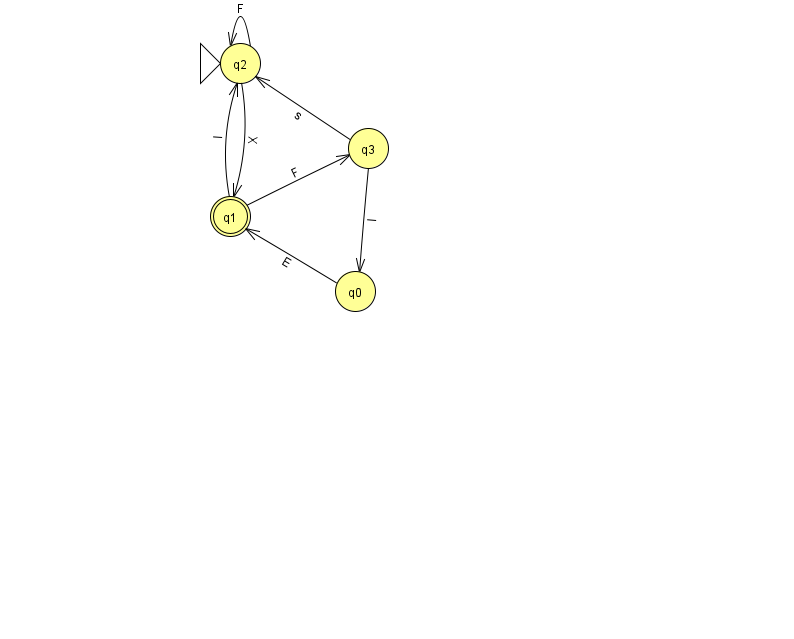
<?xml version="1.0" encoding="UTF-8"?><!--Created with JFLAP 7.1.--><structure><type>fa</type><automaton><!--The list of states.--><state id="0" name="q0"><x>355.0</x><y>278.0</y></state><state id="1" name="q1"><x>230.0</x><y>203.0</y><final/></state><state id="2" name="q2"><x>240.0</x><y>50.0</y><initial/></state><state id="3" name="q3"><x>368.0</x><y>135.0</y></state><!--The list of transitions.--><transition><from>0</from><to>1</to><read>E</read></transition><transition><from>2</from><to>1</to><read>X</read></transition><transition><from>1</from><to>2</to><read>I</read></transition><transition><from>2</from><to>2</to><read>F</read></transition><transition><from>3</from><to>0</to><read>I</read></transition><transition><from>3</from><to>2</to><read>s</read></transition><transition><from>1</from><to>3</to><read>F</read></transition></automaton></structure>